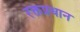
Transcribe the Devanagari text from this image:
रक्तप्रधान